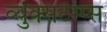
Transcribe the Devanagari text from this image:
व्युक्सटेम्प्स